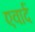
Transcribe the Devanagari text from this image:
एवार्द